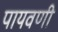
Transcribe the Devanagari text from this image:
पायवणी